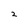
Character: 2